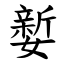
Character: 㜪